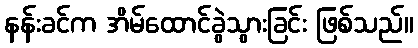
နန်းခင်က အိမ်ထောင်ခွဲသွားခြင်း ဖြစ်သည်။